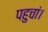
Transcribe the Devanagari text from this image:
पहुचां।